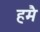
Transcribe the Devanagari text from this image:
हमै